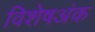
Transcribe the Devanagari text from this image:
विशेषअंक